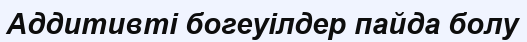
Аддитивті богеуілдер пайда болу